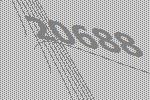
20688